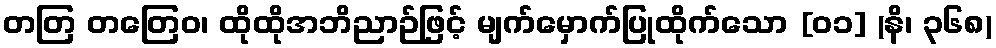
တတြ တတြေဝ၊ ထိုထိုအဘိညာဉ်ဖြင့် မျက်မှောက်ပြုထိုက်သော [၀၁] (နိ၊ ၃၆၈)